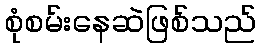
စုံစမ်းနေဆဲဖြစ်သည်